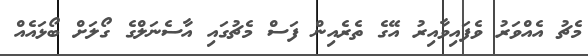
މެޗު އެއްވަރު ވެފައިވާއިރު އޭގެ ތެރެއިން ފަސް މެޗުގައި އާސެނަލްގެ ގޯލަށް ބޯޅައެއް